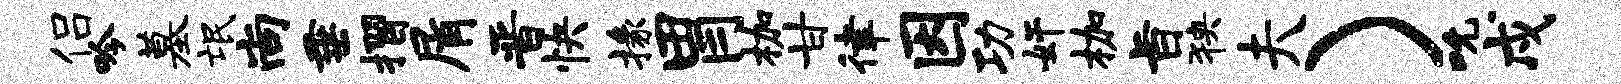
侣吟墓氓尚垂摺屑晋快掾胃枷甘律因功奸枷旨狭夫）吮戍